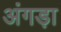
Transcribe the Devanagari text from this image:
अंगड़ा